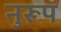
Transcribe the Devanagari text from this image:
नुरूप